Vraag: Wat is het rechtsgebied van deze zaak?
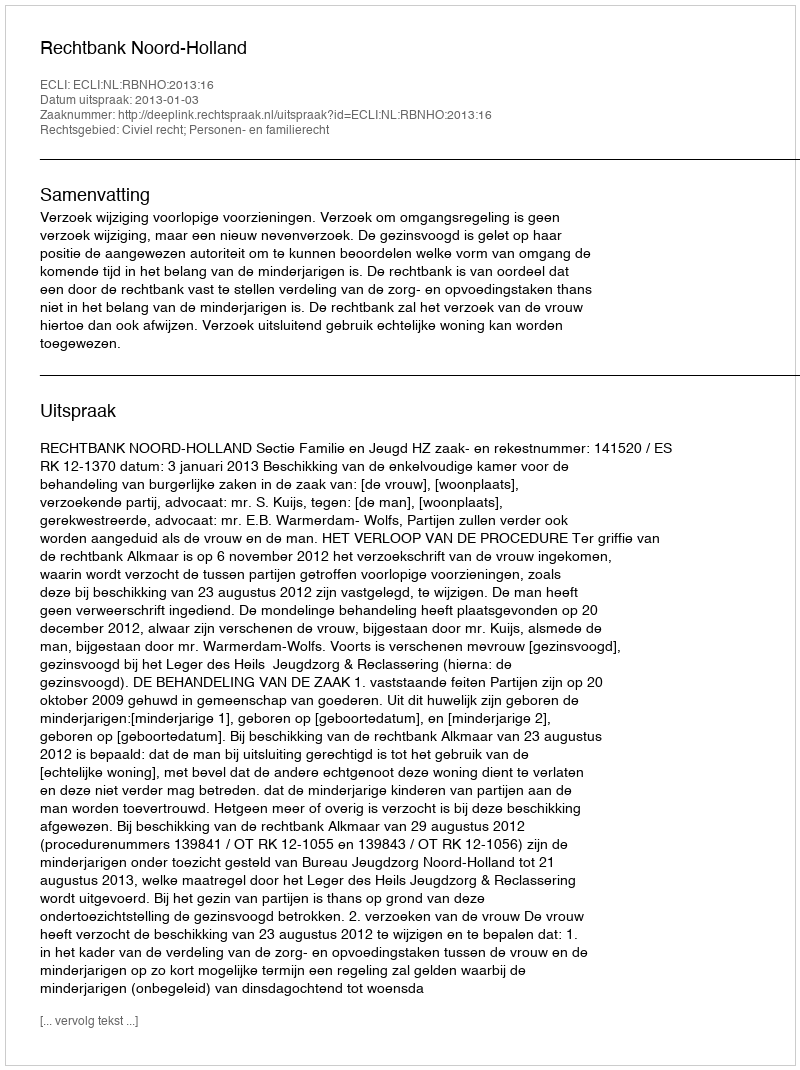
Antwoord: Civiel recht; Personen- en familierecht